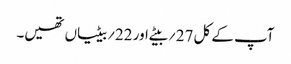
آپ کے کل 27؍بیٹے اور 22؍بیٹیاں تھیں۔